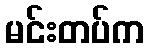
မင်းတပ်က